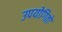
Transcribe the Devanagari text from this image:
उपयोगितो